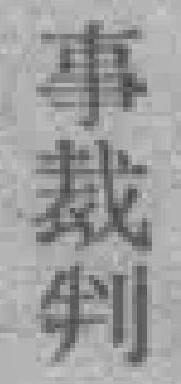
事裁制